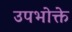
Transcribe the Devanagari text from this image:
उपभोक्ते